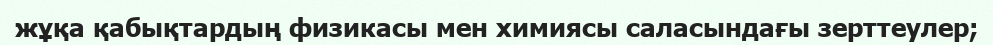
жұқа қабықтардың физикасы мен химиясы саласындағы зерттеулер;